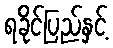
ရခိုင်ပြည်နှင့်